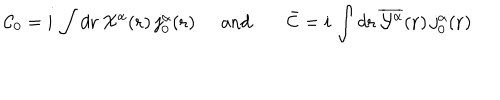
LaTeX: { \cal C } _ { 0 } = i \, \int d { \bf { r } } \, { \textstyle { \cal X } ^ { \alpha } } ( { \bf r } ) \, j _ { 0 } ^ { \alpha } ( { \bf r } ) \; \; \mathrm { a n d } \; { \bar { \cal C } } = i \, \int d { \bf { r } } \, \overline { { { { \cal Y } ^ { \alpha } } } } ( { \bf r } ) \, j _ { 0 } ^ { \alpha } ( { \bf r } )